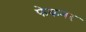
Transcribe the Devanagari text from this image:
फेकनर